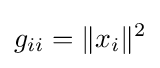
g_{ii}=\|x_{i}\|^{2}